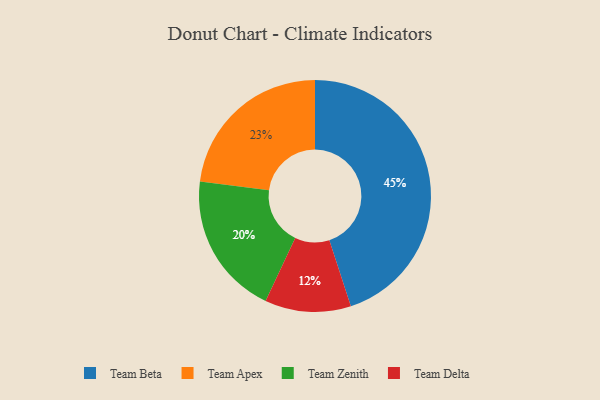
{"axis": {"x": "Category", "y": "Percentage"}, "legend": ["Team Apex", "Team Beta", "Team Delta", "Team Zenith"], "data": [{"x": "Team Zenith", "y": 20, "type": "Team Zenith"}, {"x": "Team Beta", "y": 45, "type": "Team Beta"}, {"x": "Team Apex", "y": 23, "type": "Team Apex"}, {"x": "Team Delta", "y": 12, "type": "Team Delta"}]}